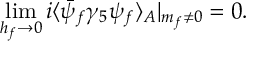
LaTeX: \operatorname * { l i m } _ { h _ { f } \rightarrow 0 } i \langle \bar { \psi } _ { f } \gamma _ { 5 } \psi _ { f } \rangle _ { A } | _ { m _ { f } \ne 0 } = 0 .